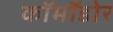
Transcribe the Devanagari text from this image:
कॉमॉडोर